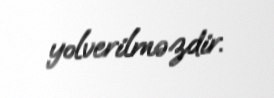
yolverilməzdir.